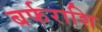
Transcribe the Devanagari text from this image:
बर्फराशि